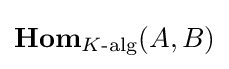
\mathbf {Hom} _{K{\text{-alg}}}(A,B)